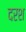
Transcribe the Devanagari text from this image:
दरश